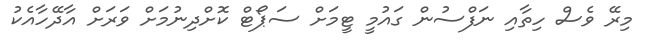
މިރޭ ވެސް ހިތާއި ނަފްސުން ގައުމީ ޓީމަށް ސަޕޯޓް ކޮށްދިނުމަށް ވަރަށް އާދޭހާއެކު